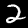
Digit: 2